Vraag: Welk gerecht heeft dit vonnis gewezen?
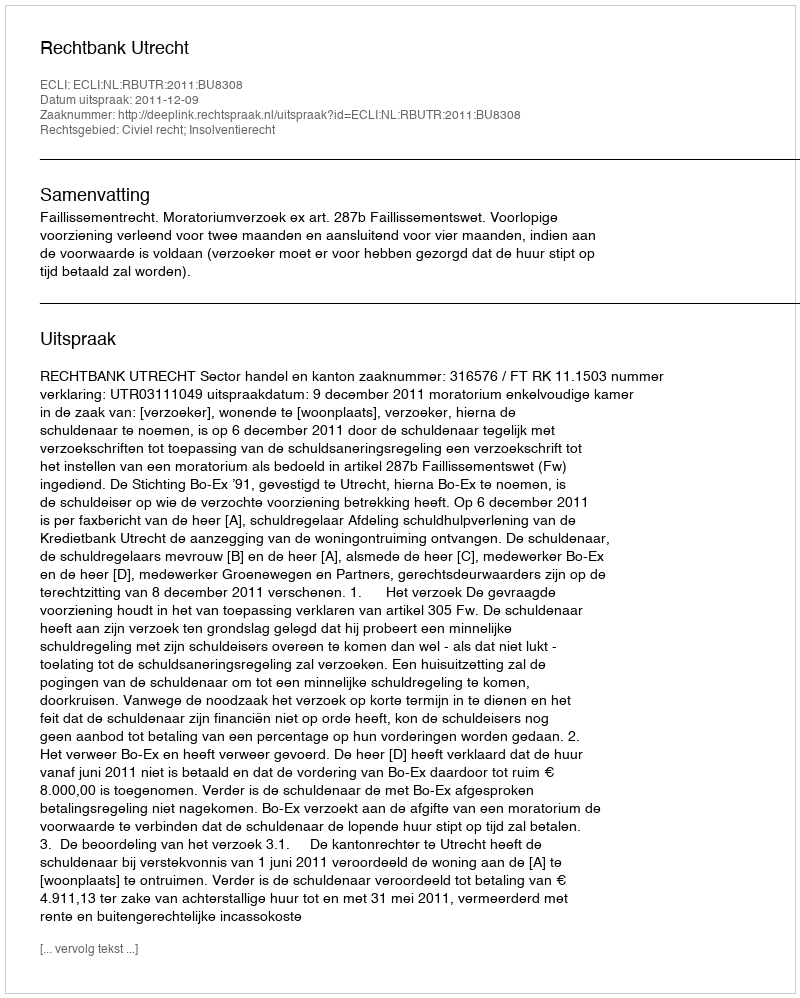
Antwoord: Rechtbank Utrecht